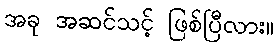
အခု အဆင်သင့် ဖြစ်ပြီလား။